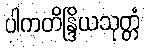
ပါကတိန္ဒြိယသုတ္တံ